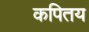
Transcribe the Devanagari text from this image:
कपितय